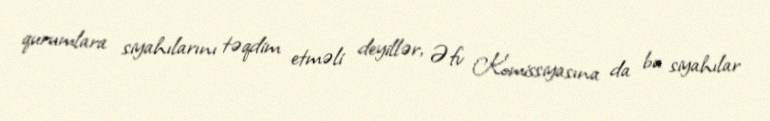
qurumlara siyahılarını təqdim etməli deyillər, Əfv Komissiyasına da bu siyahılar